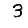
Digit: 3